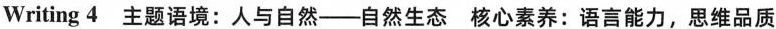
Writing 4主题语境:人与自然-自然生态 核心素养:语言能力,思维品质